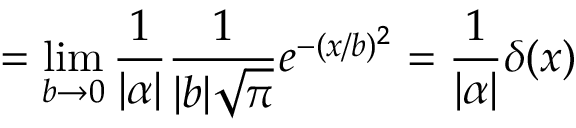
= \operatorname* { l i m } _ { b \to 0 } { \frac { 1 } { | \alpha | } } { \frac { 1 } { | b | { \sqrt { \pi } } } } e ^ { - ( x / b ) ^ { 2 } } = { \frac { 1 } { | \alpha | } } \delta ( x )